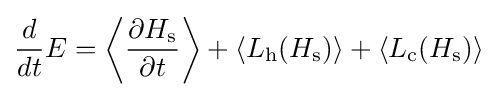
{\frac {d}{dt}}E=\left\langle {\frac {\partial H_{\text{s}}}{\partial t}}\right\rangle +\langle L_{\text{h}}(H_{\text{s}})\rangle +\langle L_{\text{c}}(H_{\text{s}})\rangle